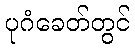
ပုဂံခေတ်တွင်